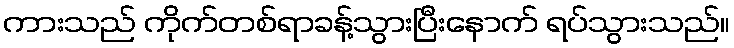
ကားသည် ကိုက်တစ်ရာခန့်သွားပြီးနောက် ရပ်သွားသည်။